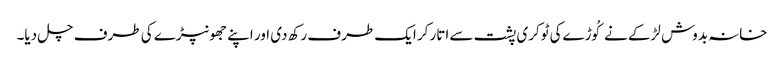
خانہ بدوش لڑکے نے کُوڑےکی ٹوکری پشت سے اتار کر ایک طرف رکھ دی اور اپنے جھونپڑے کی طرف چل دیا۔